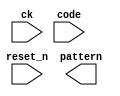
// (C) 2001-2016 Altera Corporation. All rights reserved.
// Your use of Altera Corporation's design tools, logic functions and other 
// software and tools, and its AMPP partner logic functions, and any output 
// files any of the foregoing (including device programming or simulation 
// files), and any associated documentation or information are expressly subject 
// to the terms and conditions of the Altera Program License Subscription 
// Agreement, Altera MegaCore Function License Agreement, or other applicable 
// license agreement, including, without limitation, that your use is for the 
// sole purpose of programming logic devices manufactured by Altera and sold by 
// Altera or its authorized distributors.  Please refer to the applicable 
// agreement for further details.



`timescale 1 ps / 1 ps

module rw_manager_data_decoder(
	ck, 
	reset_n, 
	code, 
	pattern
);

	parameter DATA_WIDTH 		= "";
	parameter AFI_RATIO 		= "";

	input ck;
	input reset_n;
	input [3:0] code;
	output [2 * DATA_WIDTH * AFI_RATIO - 1 : 0] pattern;

	reg [3:0] code_R;

	always @(posedge ck or negedge reset_n) begin
		if(~reset_n) begin
			code_R <= 4'b0000;
		end
		else begin
			code_R <= code;
		end
	end

	genvar j;
	generate
		for(j = 0; j < DATA_WIDTH; j = j + 1)
		begin : bit_pattern
			if(j % 2 == 0) begin
				assign pattern[j] = code_R[3];
				assign pattern[j + DATA_WIDTH] = code_R[2];
				if (AFI_RATIO == 2) begin
					assign pattern[j + 2 * DATA_WIDTH] = code_R[3] ^ code_R[1];
					assign pattern[j + 3 * DATA_WIDTH] = code_R[2] ^ code_R[1];
				end else if (AFI_RATIO == 4) begin 
					assign pattern[j + 2 * DATA_WIDTH] = code_R[3] ^ code_R[1];
					assign pattern[j + 3 * DATA_WIDTH] = code_R[2] ^ code_R[1];
					assign pattern[j + 4 * DATA_WIDTH] = code_R[3];
					assign pattern[j + 5 * DATA_WIDTH] = code_R[2];
					assign pattern[j + 6 * DATA_WIDTH] = code_R[3] ^ code_R[1];
					assign pattern[j + 7 * DATA_WIDTH] = code_R[2] ^ code_R[1];
				end
			end
			else begin
				assign pattern[j] = code_R[3] ^ code_R[0];
				assign pattern[j + DATA_WIDTH] = code_R[2] ^ code_R[0];
				if (AFI_RATIO == 2) begin
					assign pattern[j + 2 * DATA_WIDTH] = code_R[3] ^ code_R[1] ^ code_R[0];
					assign pattern[j + 3 * DATA_WIDTH] = code_R[2] ^ code_R[1] ^ code_R[0];
				end else if (AFI_RATIO == 4) begin 
					assign pattern[j + 2 * DATA_WIDTH] = code_R[3] ^ code_R[1] ^ code_R[0];
					assign pattern[j + 3 * DATA_WIDTH] = code_R[2] ^ code_R[1] ^ code_R[0];
					assign pattern[j + 4 * DATA_WIDTH] = code_R[3] ^ code_R[0];
					assign pattern[j + 5 * DATA_WIDTH] = code_R[2] ^ code_R[0];
					assign pattern[j + 6 * DATA_WIDTH] = code_R[3] ^ code_R[1] ^ code_R[0];
					assign pattern[j + 7 * DATA_WIDTH] = code_R[2] ^ code_R[1] ^ code_R[0];
				end
			end
		end
	endgenerate

endmodule